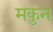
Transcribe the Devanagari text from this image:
मकुन